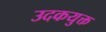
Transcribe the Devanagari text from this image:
उदकयुक्त